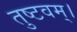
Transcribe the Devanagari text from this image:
तुष्टवम्।